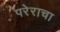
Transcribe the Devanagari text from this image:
परेराचा